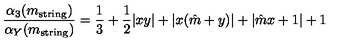
\frac { \alpha _ { 3 } ( m _ { \mathrm { s t r i n g } } ) } { \alpha _ { Y } ( m _ { \mathrm { s t r i n g } } ) } = \frac { 1 } { 3 } + \frac { 1 } { 2 } | x y | + | x ( \hat { m } + y ) | + | \hat { m } x + 1 | + 1